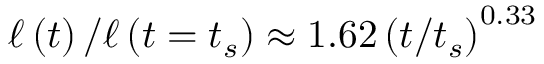
\ell \left( t \right) / \ell \left( t = t _ { s } \right) \approx 1 . 6 2 \left( t / t _ { s } \right) ^ { 0 . 3 3 }